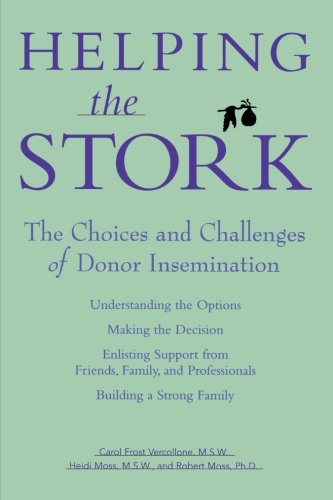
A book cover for Helping the Stork: The Choices and Challenges of Donor Insemination; Carol Frost Vercollone; Parenting & Relationships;